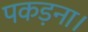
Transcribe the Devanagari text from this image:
पकड़ना।